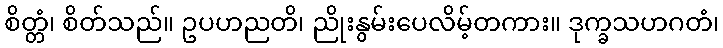
စိတ္တံ၊ စိတ်သည်။ ဥပဟညတိ၊ ညိုးနွမ်းပေလိမ့်တကား။ ဒုက္ခသဟဂတံ၊